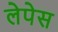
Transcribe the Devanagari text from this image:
लेपेस